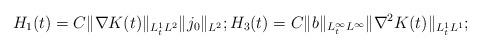
LaTeX: \begin{align*}H_{1}(t)=C\|\nabla K(t)\|_{L_{t}^{1}L^{2}}\| j_{0}\|_{L^{2}};H_{3}(t)= C\|b\|_{L_{t}^{\infty}L^{\infty}}\|\nabla^{2} K(t)\|_{L_{t}^{1}L^{1}};\end{align*}